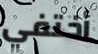
أختفي